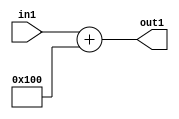
`timescale 1ps / 1ps
/*****************************************************************************
    Verilog RTL Description
    
    
    Created by: Stratus DpOpt 2019.1.01 
*******************************************************************************/

module DC_Filter_Add_12U_82_4 (
	in1,
	out1
	); /* architecture "behavioural" */ 
input [11:0] in1;
output [11:0] out1;
wire [11:0] asc001;

assign asc001 = 
	+(in1)
	+(12'B000100000000);

assign out1 = asc001;
endmodule

/* CADENCE  urj3Sww= : u9/ySgnWtBlWxVPRXgAZ4Og= ** DO NOT EDIT THIS LINE ******/